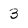
Character: 3